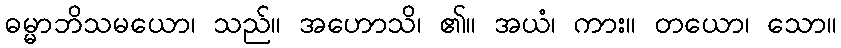
ဓမ္မာဘိသမယော၊ သည်။ အဟောသိ၊ ၏။ အယံ၊ ကား။ တယော၊ သော။